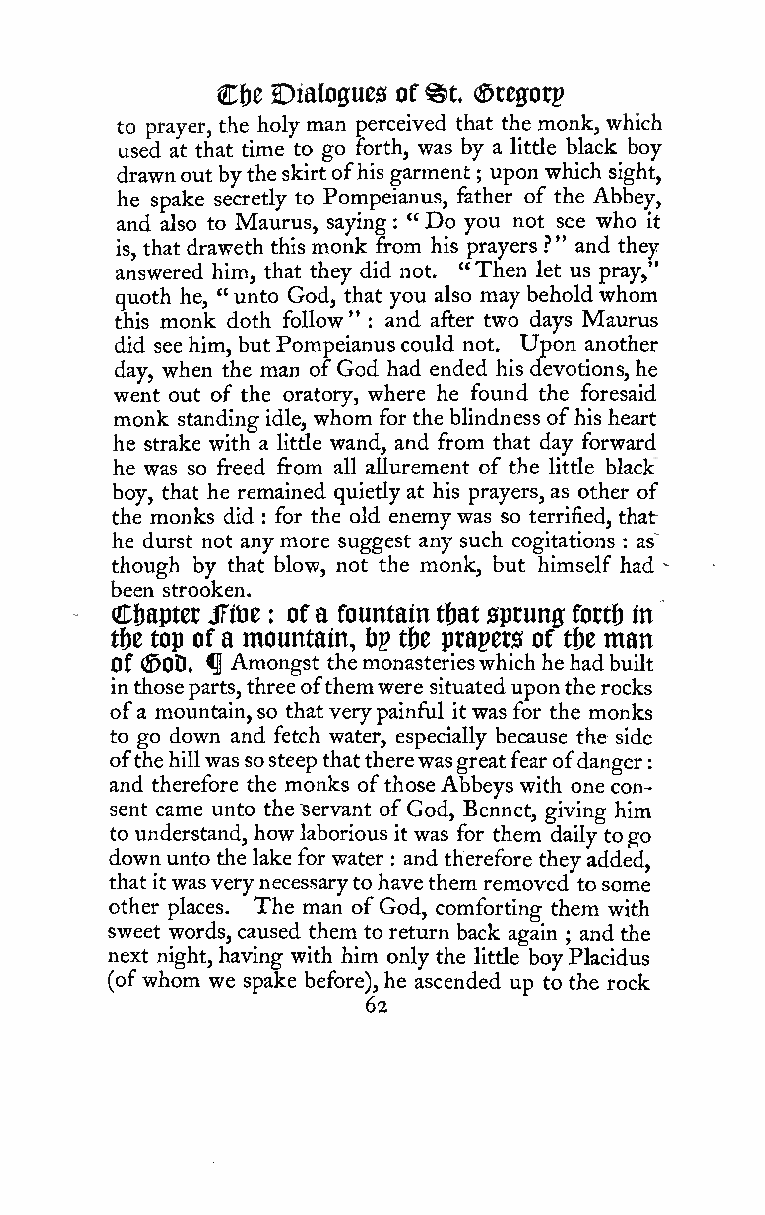
:
 %t
 Ci)e Dialogues of (Srefforp
 to prayer, the holy man perceived that the monk, which
 used at that time to go forth, was by a little black boy
 drawnoutbytheskirtofhis garment
 ;
 upon which sight,
 he spake secretly to Pompeianus, father of the Abbey,
 and also to Maurus, saying : " Do you not see who it
 is, that draweth this monk from his prayers ?" and they
 answered him, that they did not. "Then let us pray,"
 quoth he, "unto God, that you also may behold whom
 this monk doth follow" : and after two days Maurus
 did see him, butPompeianus could not. Upon another
 day, when the man ofGod had ended his devotions,he
 went out of the oratory, where he found the foresaid
 monk standing idle, whom for the blindness ofhis heart
 he strake with a little wand, and from that day forward
 he was so freed from all allurement of the little black
 boy, that he remained quietly at his prayers, as other of
 the monks did for the old enemywas so terrified, that
 :
 he durst not any more suggest any such cogitations : as~
 though by that blow, not the monk, but himself had "
 been strooken.
 C&aptet Siot : of a fountain tbat sprung fortf) in
 tf)c top of a mountain, bp t&e ptapers of tbe man
 of <©0D« ^ Amongst themonasterieswhichhe hadbuilt
 inthoseparts, threeofthemwere situateduponthe rocks
 ofa mountain,so that verypainful it was for the monks
 to go down and fetch water, especially because the side
 ofthehillwassosteep thattherewasgreatfearofdanger
 and therefore the monks ofthoseAbbeys with one con-
 sent came unto theServant of God, Bennet, giving him
 to understand, how laborious it was for them daily togo
 downunto the lake for water and therefore they added,
 :
 that it wasverynecessaryto havethem removed tosome
 other places. The man of God, comforting them with
 sweet words, caused them to return back again and the
 ;
 next night, having with him only the little boyPlacidus
 (ofwhom we spake before), he ascended up to the rock
 62